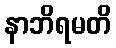
နာဘိရမတိ